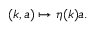
( k , a ) \mapsto \eta ( k ) a .